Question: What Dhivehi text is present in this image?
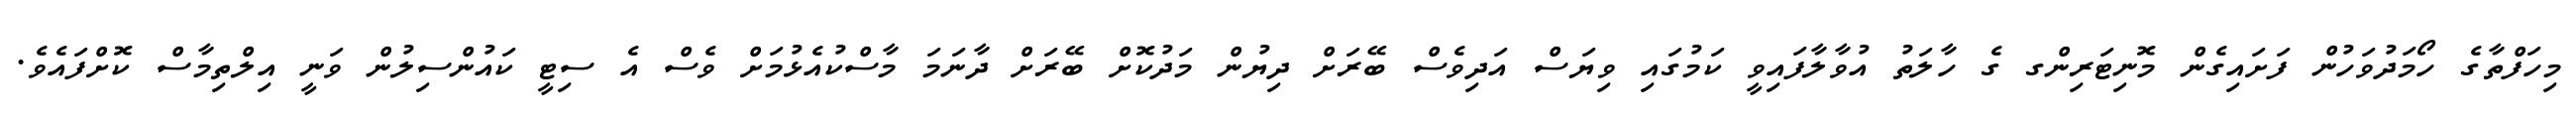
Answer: މިހަފްތާގެ ހޯމަދުވަހުން ފަށައިގެން މޮނިޓަރިންގ ގެ ހާލަތު އުވާލާފައިވީ ކަމުގައި ވިޔަސް އަދިވެސް ބޭރަށް ދިޔުން މަދުކޮށް ބޭރަށް ދާނަމަ މާސްކުއެޅުމަށް ވެސް އެ ސިޓީ ކައުންސިލުން ވަނީ އިލްތިމާސް ކޮށްފައެވެ.